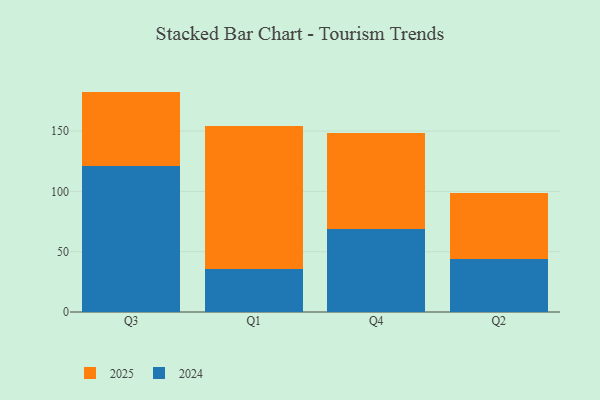
{"axis": {"x": "Quarter", "y": "Customer Acquisition Cost (USD)"}, "legend": ["2024", "2025"], "data": [{"x": "Q3", "y": 61.4, "type": "2025"}, {"x": "Q3", "y": 121.3, "type": "2024"}, {"x": "Q1", "y": 118.1, "type": "2025"}, {"x": "Q1", "y": 35.8, "type": "2024"}, {"x": "Q4", "y": 79.9, "type": "2025"}, {"x": "Q4", "y": 68.6, "type": "2024"}, {"x": "Q2", "y": 55.1, "type": "2025"}, {"x": "Q2", "y": 43.7, "type": "2024"}]}